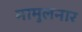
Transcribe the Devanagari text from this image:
मामुलनार